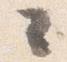
々